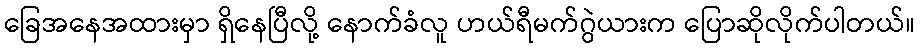
ခြေအနေအထားမှာ ရှိနေပြီလို့ နောက်ခံလူ ဟယ်ရီမက်ဂွဲယားက ပြောဆိုလိုက်ပါတယ်။